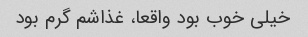
خیلی خوب بود واقعا، غذاشم گرم بود